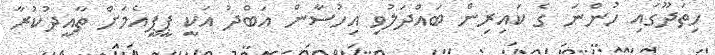
ހިތަދޫގައި ހުންނަ ގެ ކައިރިން ބައްދަލުވި އިހުސާން އަބްދު އަކީ ޕީޕީއެމަށް ތާއީދުކުރާ